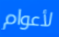
لأعوام